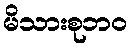
မိသားစုဘဝ